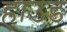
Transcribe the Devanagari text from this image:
हाउड